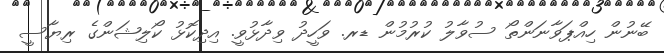
ބޭނުން ހިއްޕަވާނަންތޯ ސުވާލު ކުރުމުން ޑރ. ވަހީދު ވިދާޅުވީ. އިދިކޮޅު ކޯލިޝަންގެ ރިޔާސީ